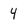
Character: 4